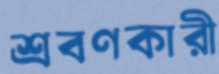
শ্রবণকারী